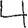
Digit: 4